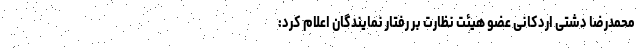
محمدرضا دشتی اردکانی عضو هیئت نظارت بر رفتار نمایندگان اعلام کرد: